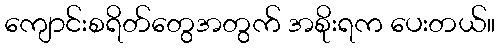
ကျောင်းစရိတ်တွေအတွက် အစိုးရက ပေးတယ်။